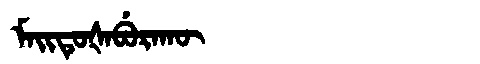
Manchu: ᠮᠠᡳᡨᡠᡧᠠᠪᡠᡵᠠᡴᡡ
Romanization: MAITUŠABURAKŪ